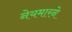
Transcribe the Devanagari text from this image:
नेयमारने